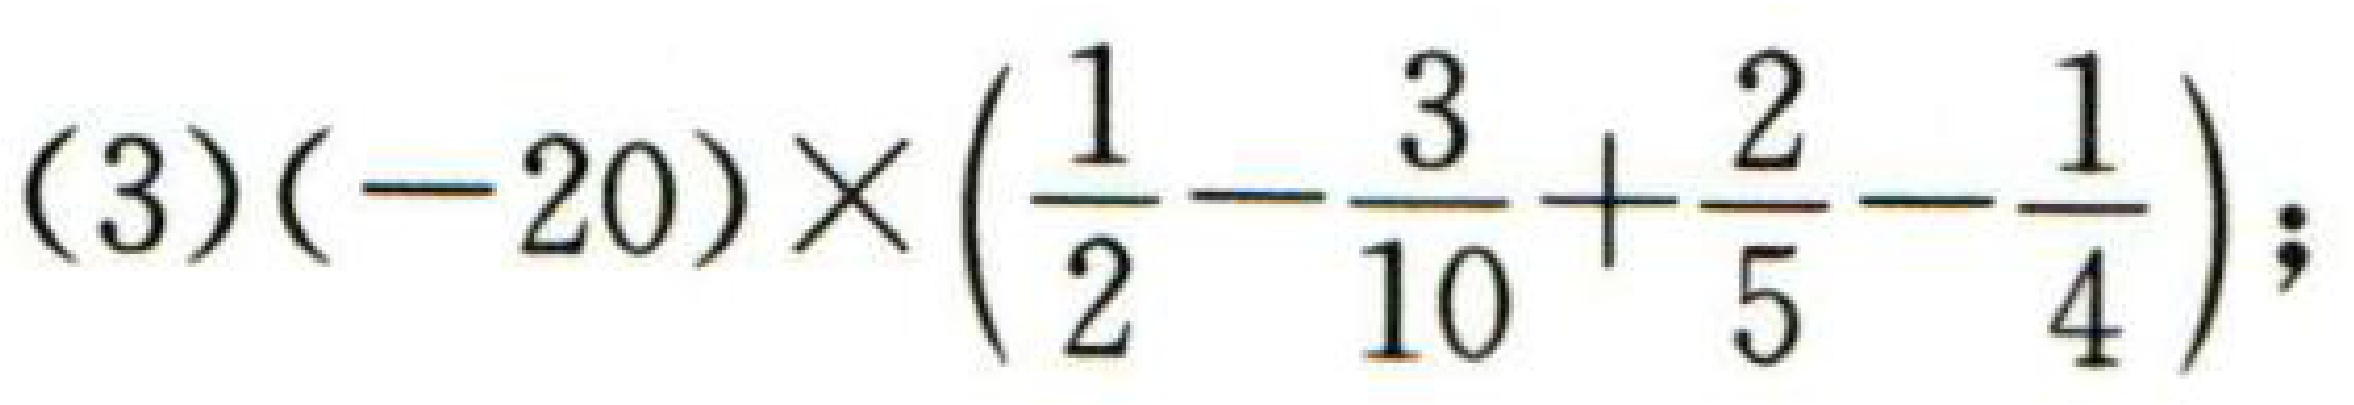
\((3)(-20)\times(\frac{1}{2}-\frac{3}{10}+\frac{2}{5}-\frac{1}{4});\)